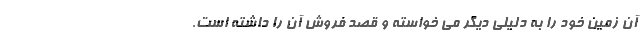
آن زمین خود را به دلیلی دیگر می خواسته و قصد فروش آن را داشته است.